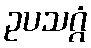
ဥပသဂ္ဂံ